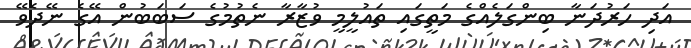
އަދި ހަރުދަނާ ބިންގަލެއްގެ މަތީގައި ތައުލީމީ ވުޒާރާ ނެތުމުގެ ސަބަބުން އޭގެ ނޭދެވޭ